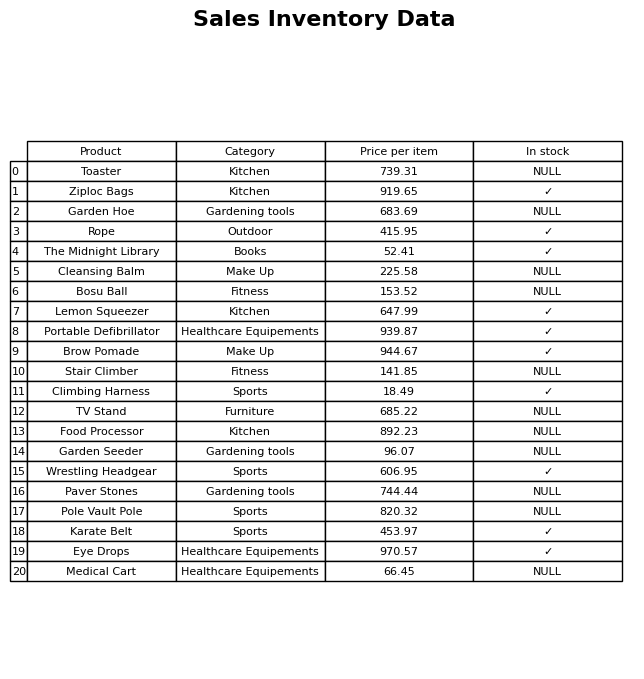
question: Is the Lemon Squeezer in stock?
answer: ✓